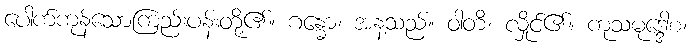
ပေါက်ကုန်သောကြည်းပန်းတို့၏။ ဂန္ဓော၊ အနံ့သည်။ ဝါတိ၊ လှိုင်၏။ ကုသမုဒ္ဒေါစ၊